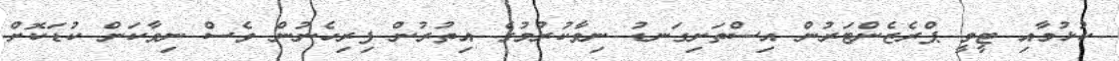
ކުޅުމާއި ޓީވީ ޕްރެޒެންޓަރުން އިސްތަށިގަނޑު ނިވާކުރުމުގެ އިތުރުން ފިރިހެނުން ވެސް ނިވާކަން ކުޑަކޮށް